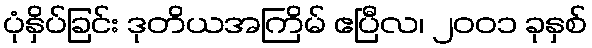
ပုံနှိပ်ခြင်း ဒုတိယအကြိမ် ဧပြီလ၊ ၂၀၀၁ ခုနှစ်